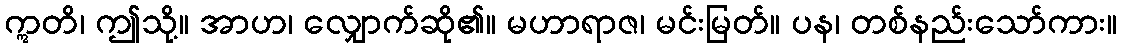
ဣတိ၊ ဤသို့။ အာဟ၊ လျှောက်ဆို၏။ မဟာရာဇ၊ မင်းမြတ်။ ပန၊ တစ်နည်းသော်ကား။